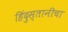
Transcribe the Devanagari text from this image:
हिंदुस्तानीचा